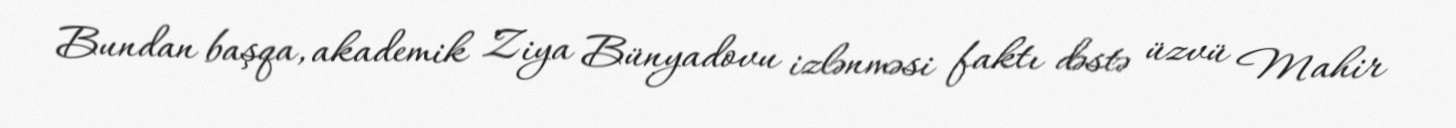
Bundan başqa, akademik Ziya Bünyadovu izlənməsi faktı dəstə üzvü Mahir